Vaccine operations Central Provinces 1900-1911 - 1900-1911
Year: 1900
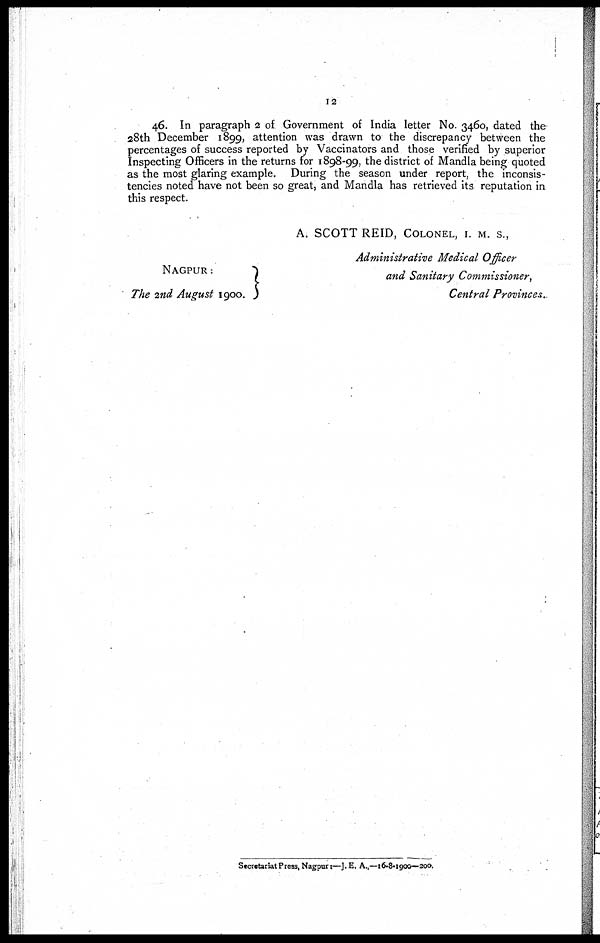
12
46. In paragraph 2 of Government of India letter No. 3460, dated the
28th December 1899, attention was drawn to the discrepancy between the
percentages of success reported by Vaccinators and those verified by superior
Inspecting Officers in the returns for 1898-99, the district of Mandla being quoted
as the most glaring example. During the season under report, the inconsis-
tencies noted have not been so great, and Mandla has retrieved its reputation in
this respect.
NAGPUR:
The 2nd August 1900.
A. SCOTT REID, COLONEL, I. M. S.,
Administrative Medical Officer
and Sanitary Commissioner,
Central Provinces.
Secretariat Press, Nagpur:—J. E. A.,—16-8-1900—200.